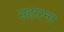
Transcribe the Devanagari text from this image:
सहारना